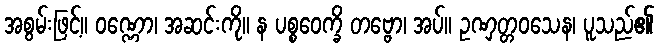
အစွမ်းဖြင့်။ ဝဏ္ဏော၊ အဆင်းကို။ န ပစ္စဝေက္ခိ တဗ္ဗော၊ အပ်။ ဥဏှတ္တဝသေန၊ ပူသည်၏